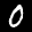
Label: 0